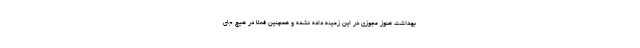
بهداشت هنوز مجوزی در این زمینه داده نشده و همچنین فعلا در هیچ جای